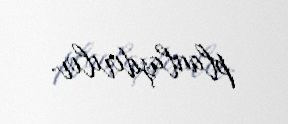
planlaşdırılır.